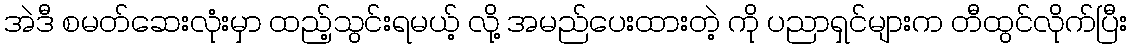
အဲဒီ စမတ်ဆေးလုံးမှာ ထည့်သွင်းရမယ့် လို့ အမည်ပေးထားတဲ့ ကို ပညာရှင်များက တီထွင်လိုက်ပြီး